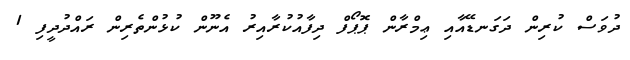
ދުވަސް ކުރިން ދަގަނޑޭއާއި ޢިމްރާން ޕޮޕޯފް ދިފާއުކުރާއިރު އެނޫން ކުޅުންތެރިން ރައްދުދީފި 1